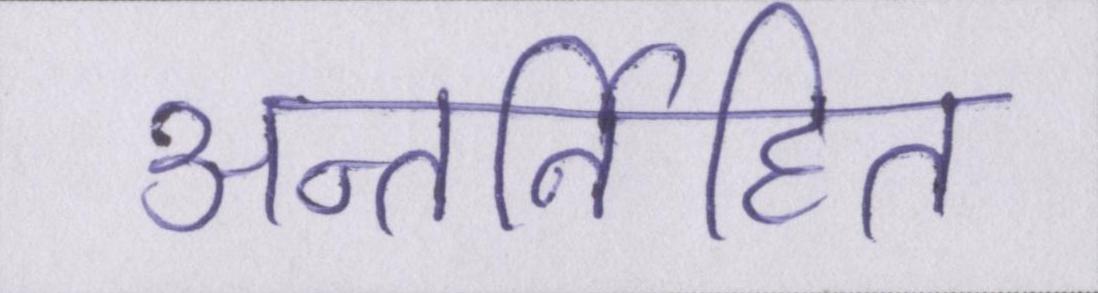
अन्तर्निहित